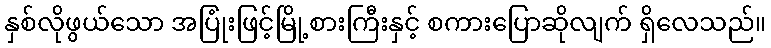
နှစ်လိုဖွယ်သော အပြုံးဖြင့်မြို့စားကြီးနှင့် စကားပြောဆိုလျက် ရှိလေသည်။